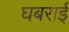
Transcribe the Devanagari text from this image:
घबराईं